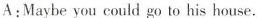
A:Maybe you could go to his house.